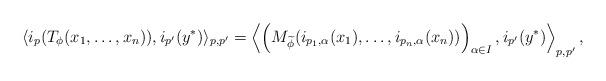
LaTeX: \begin{align*}\langle i_p(T_\phi(x_1,\ldots,x_n)),i_{p'}(y^*) \rangle_{p,p'} = \left \langle \left( M_{\widetilde{\phi}}( i_{p_1,\alpha}(x_1),\ldots,i_{p_n,\alpha}(x_n) ) \right)_{\alpha \in I} , i_{p'}(y^*) \right \rangle_{p,p'},\end{align*}